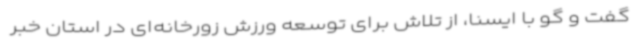
گفت و گو با ایسنا، از تلاش برای توسعه ورزش‌ زورخانه‌ای در استان خبر